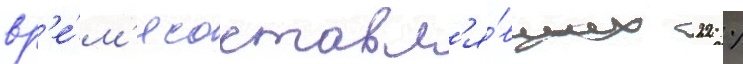
вр'е́м'я составл'я́вших 22 %